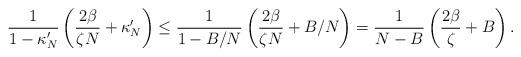
LaTeX: \begin{align*}\frac{1}{1-\kappa_{N}'}\left(\frac{2\beta}{\zeta N} + \kappa_{N}'\right)\le \frac{1}{1-B/N}\left(\frac{2\beta}{\zeta N} + B/N\right)= \frac{1}{N - B}\left(\frac{2\beta}{\zeta} + B\right).\end{align*}